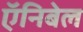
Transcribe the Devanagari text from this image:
ऍनिबेल